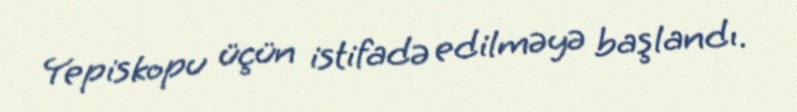
Yepiskopu üçün istifadə edilməyə başlandı.